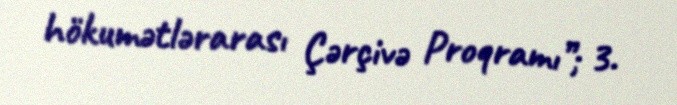
hökumətlərarası Çərçivə Proqramı”; 3.